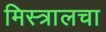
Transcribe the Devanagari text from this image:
मिस्त्रालचा